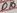
Text: D10